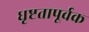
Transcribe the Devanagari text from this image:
धृष्टतापूर्वक